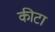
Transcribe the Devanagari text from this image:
कीटा